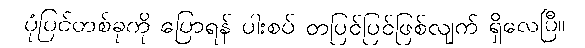
ပုံပြင်တစ်ခုကို ပြောရန် ပါးစပ် တပြင်ပြင်ဖြစ်လျက် ရှိလေပြီ။